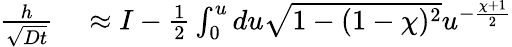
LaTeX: \begin{array}{rl}{\frac{h}{\sqrt{Dt}}}&{{}\approx I-\frac{1}{2}\int_{0}^{u}du\sqrt{1-(1-\chi)^{2}}u^{-\frac{\chi+1}{2}}}\end{array}